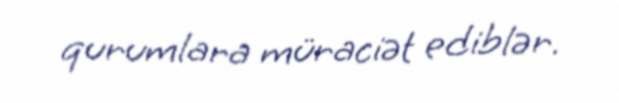
qurumlara müraciət ediblər.